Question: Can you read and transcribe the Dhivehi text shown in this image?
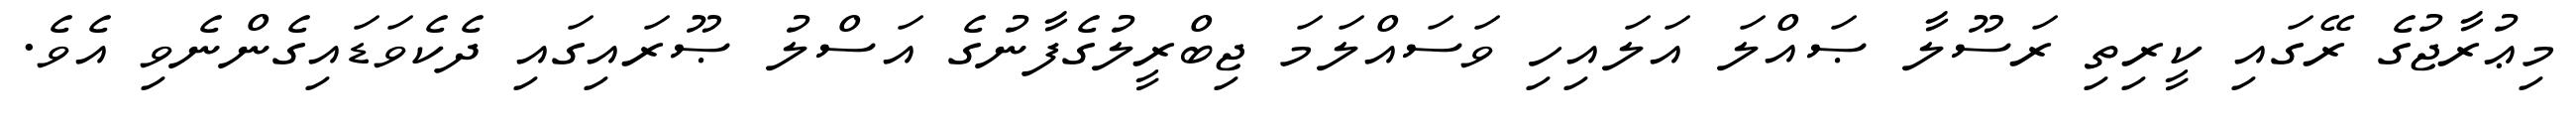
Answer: މިޢުރާޖުގެ ރޭގައި ކީރިތި ރަސޫލާ ޞައްލަ އަލައިހި ވަސައްލަމަ ޖިބްރީލުގެފާނުގެ އަސްލު ޞޫރައިގައި ދެކެވަޑައިގެންނެވި އެވެ.